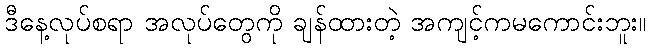
ဒီနေ့လုပ်စရာ အလုပ်တွေကို ချန်ထားတဲ့ အကျင့်ကမကောင်းဘူး။